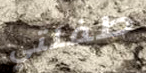
طفلتي